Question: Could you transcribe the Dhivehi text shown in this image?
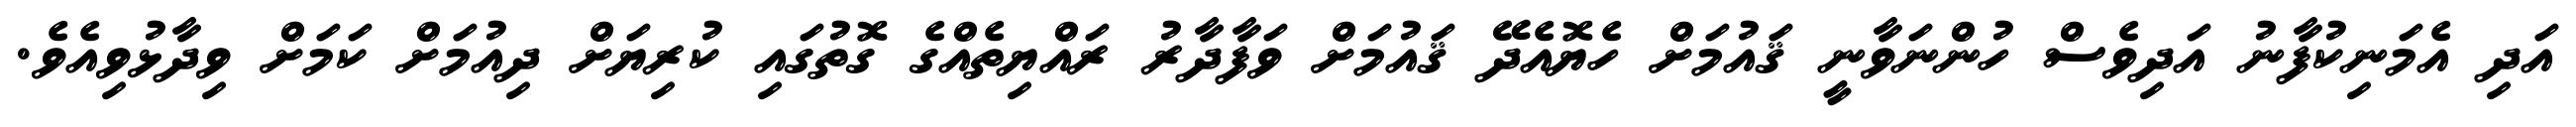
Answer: އަދި އެމަނިކުފާނު އަދިވެސް ހުންނަވާނީ ޤައުމަށް ހެޔޮއެދޭ ޤައުމަށް ވަފާދާރު ރައްޔިތެއްގެ ގޮތުގައި ކުރިޔަށް ދިއުމަށް ކަމަށް ވިދާޅުވިއެވެ.